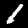
Digit: 1